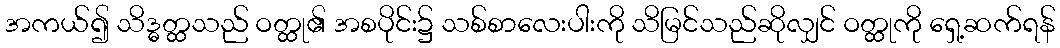
အကယ်၍ သိဒ္ဓတ္ထသည် ဝတ္ထု၏ အစပိုင်း၌ သစ်စာလေးပါးကို သိမြင်သည်ဆိုလျှင် ဝတ္ထုကို ရှေ့ဆက်ရန်